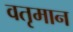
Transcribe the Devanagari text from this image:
वतृमान